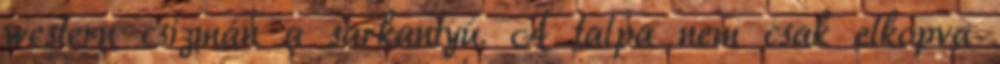
western csizmán a sarkantyú. A talpa nem csak elkopva